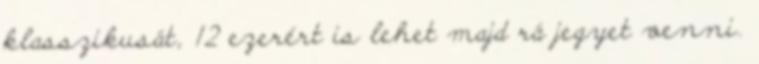
klasszikusát, 12 ezerért is lehet majd rá jegyet venni.